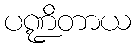
ပဏ္ဍိတာယ